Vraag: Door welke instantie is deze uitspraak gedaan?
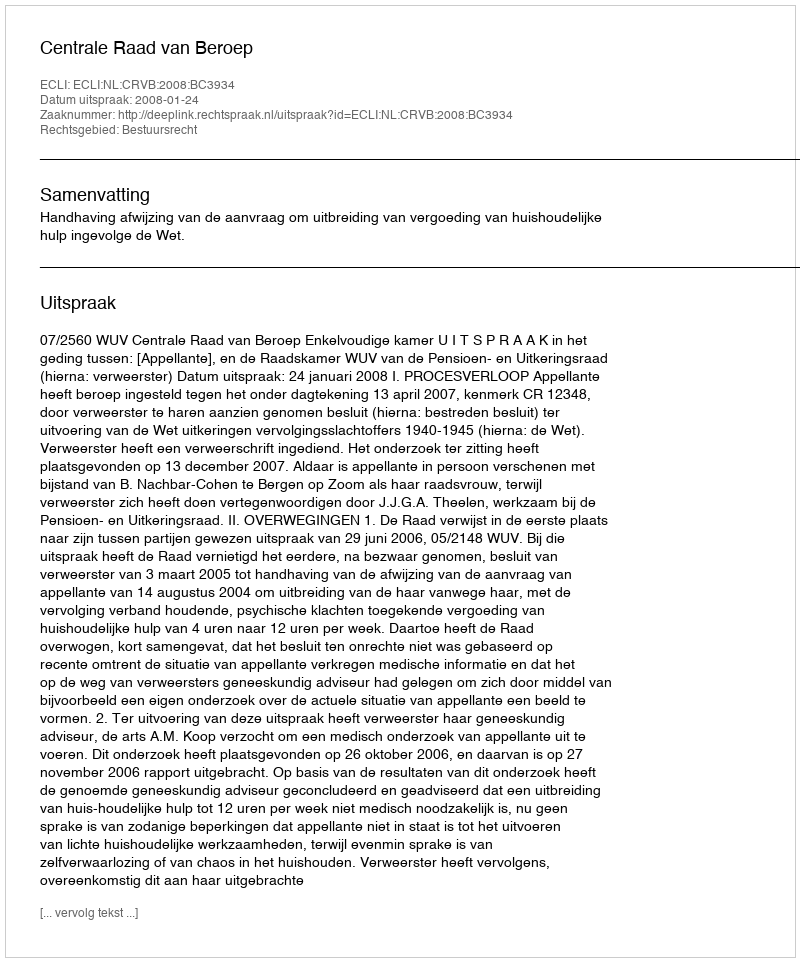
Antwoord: Centrale Raad van Beroep